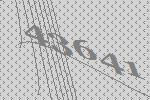
43641